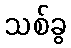
သစ်ခွ